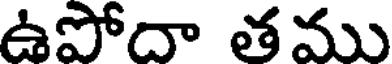
ఉపోదా తము